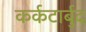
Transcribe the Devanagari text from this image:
कर्कटार्बुद